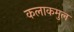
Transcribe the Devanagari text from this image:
कलाकमुल